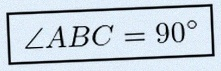
\angle ABC=90^\circ